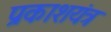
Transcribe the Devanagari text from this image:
प्रकाशयंत्र